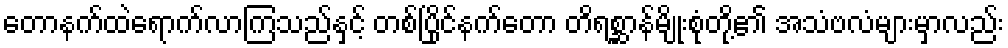
တောနက်ထဲရောက်လာကြသည်နှင့် တစ်ပြိုင်နက်တော တိရစ္ဆာန်မျိုးစုံတို့၏ အသံဗလံများမှာလည်း